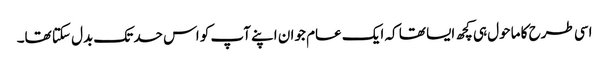
اسی طرح کا ماحول ہی کچھ ایسا تھا کہ ایک عام جوان اپنے آپ کو اس حد تک بدل سکتا تھا۔